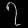
Digit: ၇